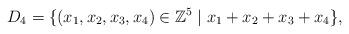
LaTeX: \begin{align*}D_4 = \{(x_1, x_2,x_3,x_4) \in \mathbb Z^5 \mid x_1+x_2+x_3+x_4 \},\end{align*}